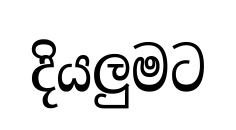
දියලුමට